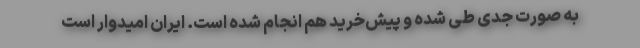
به صورت جدی طی شده و پیش‌خرید هم انجام شده است. ایران امیدوار است